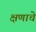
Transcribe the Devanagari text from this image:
क्षणाचे